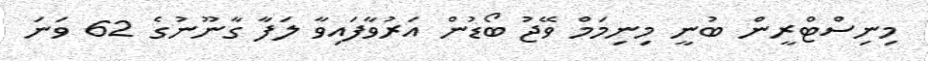
މިނިސްޓްރީން ބުނީ މިނިމަމް ވޭޖު ބޯޑުން އަރުވާފައިވާ ލަފާ ގާނޫނުގެ 62 ވަނަ